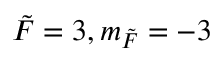
\Tilde { F } = 3 , m _ { \Tilde { F } } = - 3